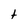
Character: t